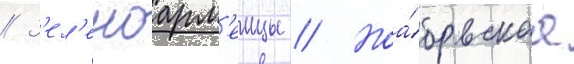
// З'ел'еноарм'еицы // Ноа́брьскаа